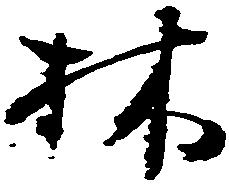
林